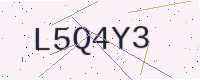
Text: L5Q4Y3